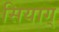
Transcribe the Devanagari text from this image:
सियाग्